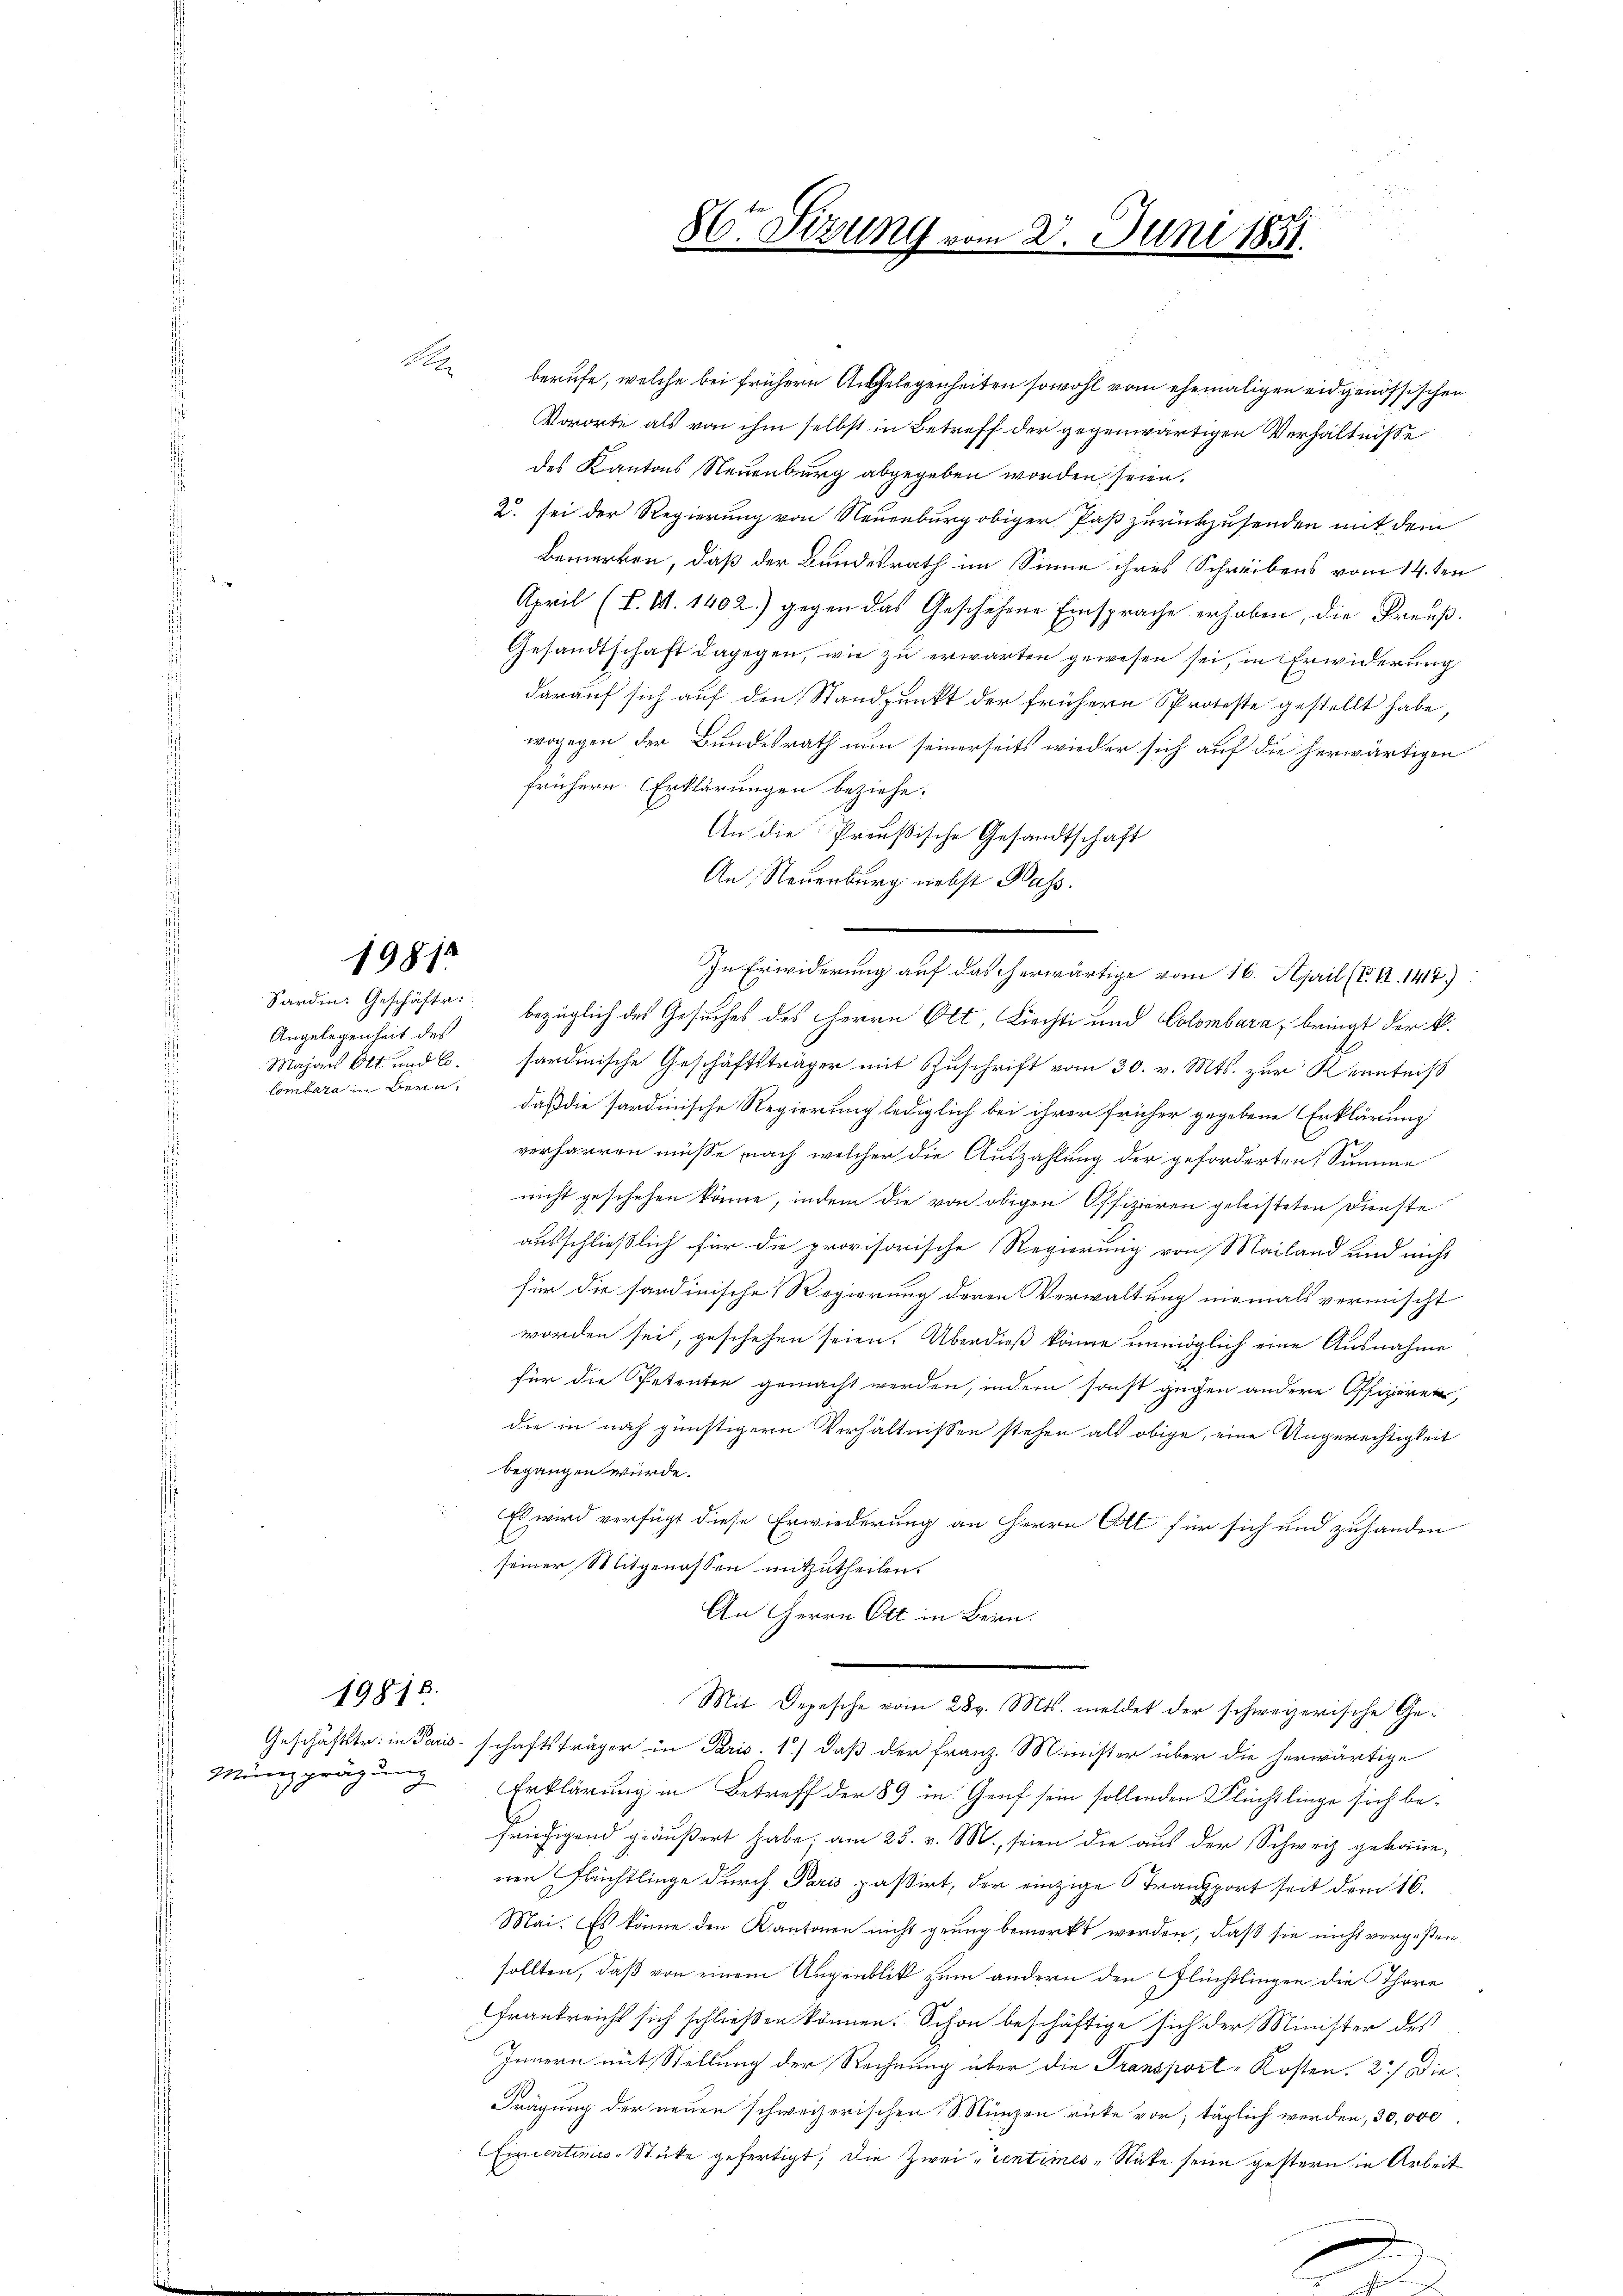
19812

Angelegenheit des
Combara in Bern,

19818.

Münzprägung

.

berufe, welche bei frühern Angelegenheiten sowohl vom ehemaligen eidgenössischen
Kororte als von ihm selbst in Betreff der gegenwärtigen Verhältnisse
des Kantons Neuenburg abgegeben worden seien.
u. sei der Regierung von Neuenburg obiger Paß zurückzusenden mit dem
Bemerken, daß der Bundesrath im Sinne ihres Schreibens vom 14. ten
April (T. S. 1402) gegen das Geschehene Einsprache erhaben, die Preuß.
Gesandtschaft dagegen, wie zu erwarten gewesen sei, in Erwiderung
darauf sich auf den Standpunkt der frühere Sproteste gestellt habe,
wogegen der Bundesrath nun seinerseits wieder sich auf die herwärtigen
frühern. Erklärungen beziehe.
An die Preußische Gesandtschaft
An Neuenburg nebst Pass.
In Erwiderung auf das herwärtige vom 16. April (T. II. 1417)
Sardin. Geschäfte bezüglich des Gesuches des Herrn Ott, Liechti und Colombara, bringt der V.
Majors Ott und 6. fandinische Geschäftsträger mit Zuschrift vom 30. v. Mts. zur Kenntniß
daß die sardinische Regierung lediglich bei ihrer früher gegebene Erklärung
verharren müsse, nach welcher die Auszahlung der geforderten Summe
nicht geschehen könne, indem die von obigen Offizieren geleisteten Dienste
ausschließlich für die provisorische Regierung von Mailand und nicht
für die sardinische Regierung deren Verwaltung niemals vermischt
worden sei, geschehen seien. Überdieß könne unmöglich eine Ausnahme
für die Petenten gemacht werden, indem sonst gegen andere Offizieren,
die in noch günstigern Verhältnissen stehen als obige, eine Ungerechtigkeit
begangen würde.
Es wird verfügt diese Erwiederung an Herrn Ott für sich und zuhanden
seiner Mitgenossen mitzutheilen.
An Herrn Ott in Bern:
Mit Depesche vom 28 v. Mts. meldet der schweizerische Ge¬
Geschäftstr. in Paris schaftsträger in Paris. 1.) daß der Franz Minister über die herwärtige
Erklärung in Betreff der 89 in Genf sein sollenden Flüchtlinge sich befriedigend geäußert habe; am 25. v. M., seien die aus der Schweiz gekomme,
nen Flüchtlinge durch Paris passirt, der einzige Transport seit dem 16.
Mai. Es könne den Kantonen nicht grung bemerkt werden, daß sie nicht vergeßen
sollten, daß von einem Augenblick zum andern den Flüchtlingen die Thore
Frankreicht sich schließen können. Schon beschäftige sich der Minister des
Innern mit Stellung der Rechnung über die Transport-Kosten. 2) die¬
Frägung der neuen schweizerischen S. Münzen rüte vor; täglich werden, 30,000
Cincentimis-Stücke gefertigt, die Zwei Sentimes-Sticke seine gestern in Arbeit

86r Sitzung vom 23. Juni 1851.